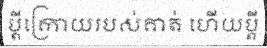
ប្តីក្រោយរបស់គាត់ ហើយប្តី